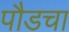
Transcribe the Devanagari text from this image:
पौडचा